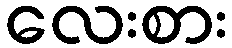
လေးစား